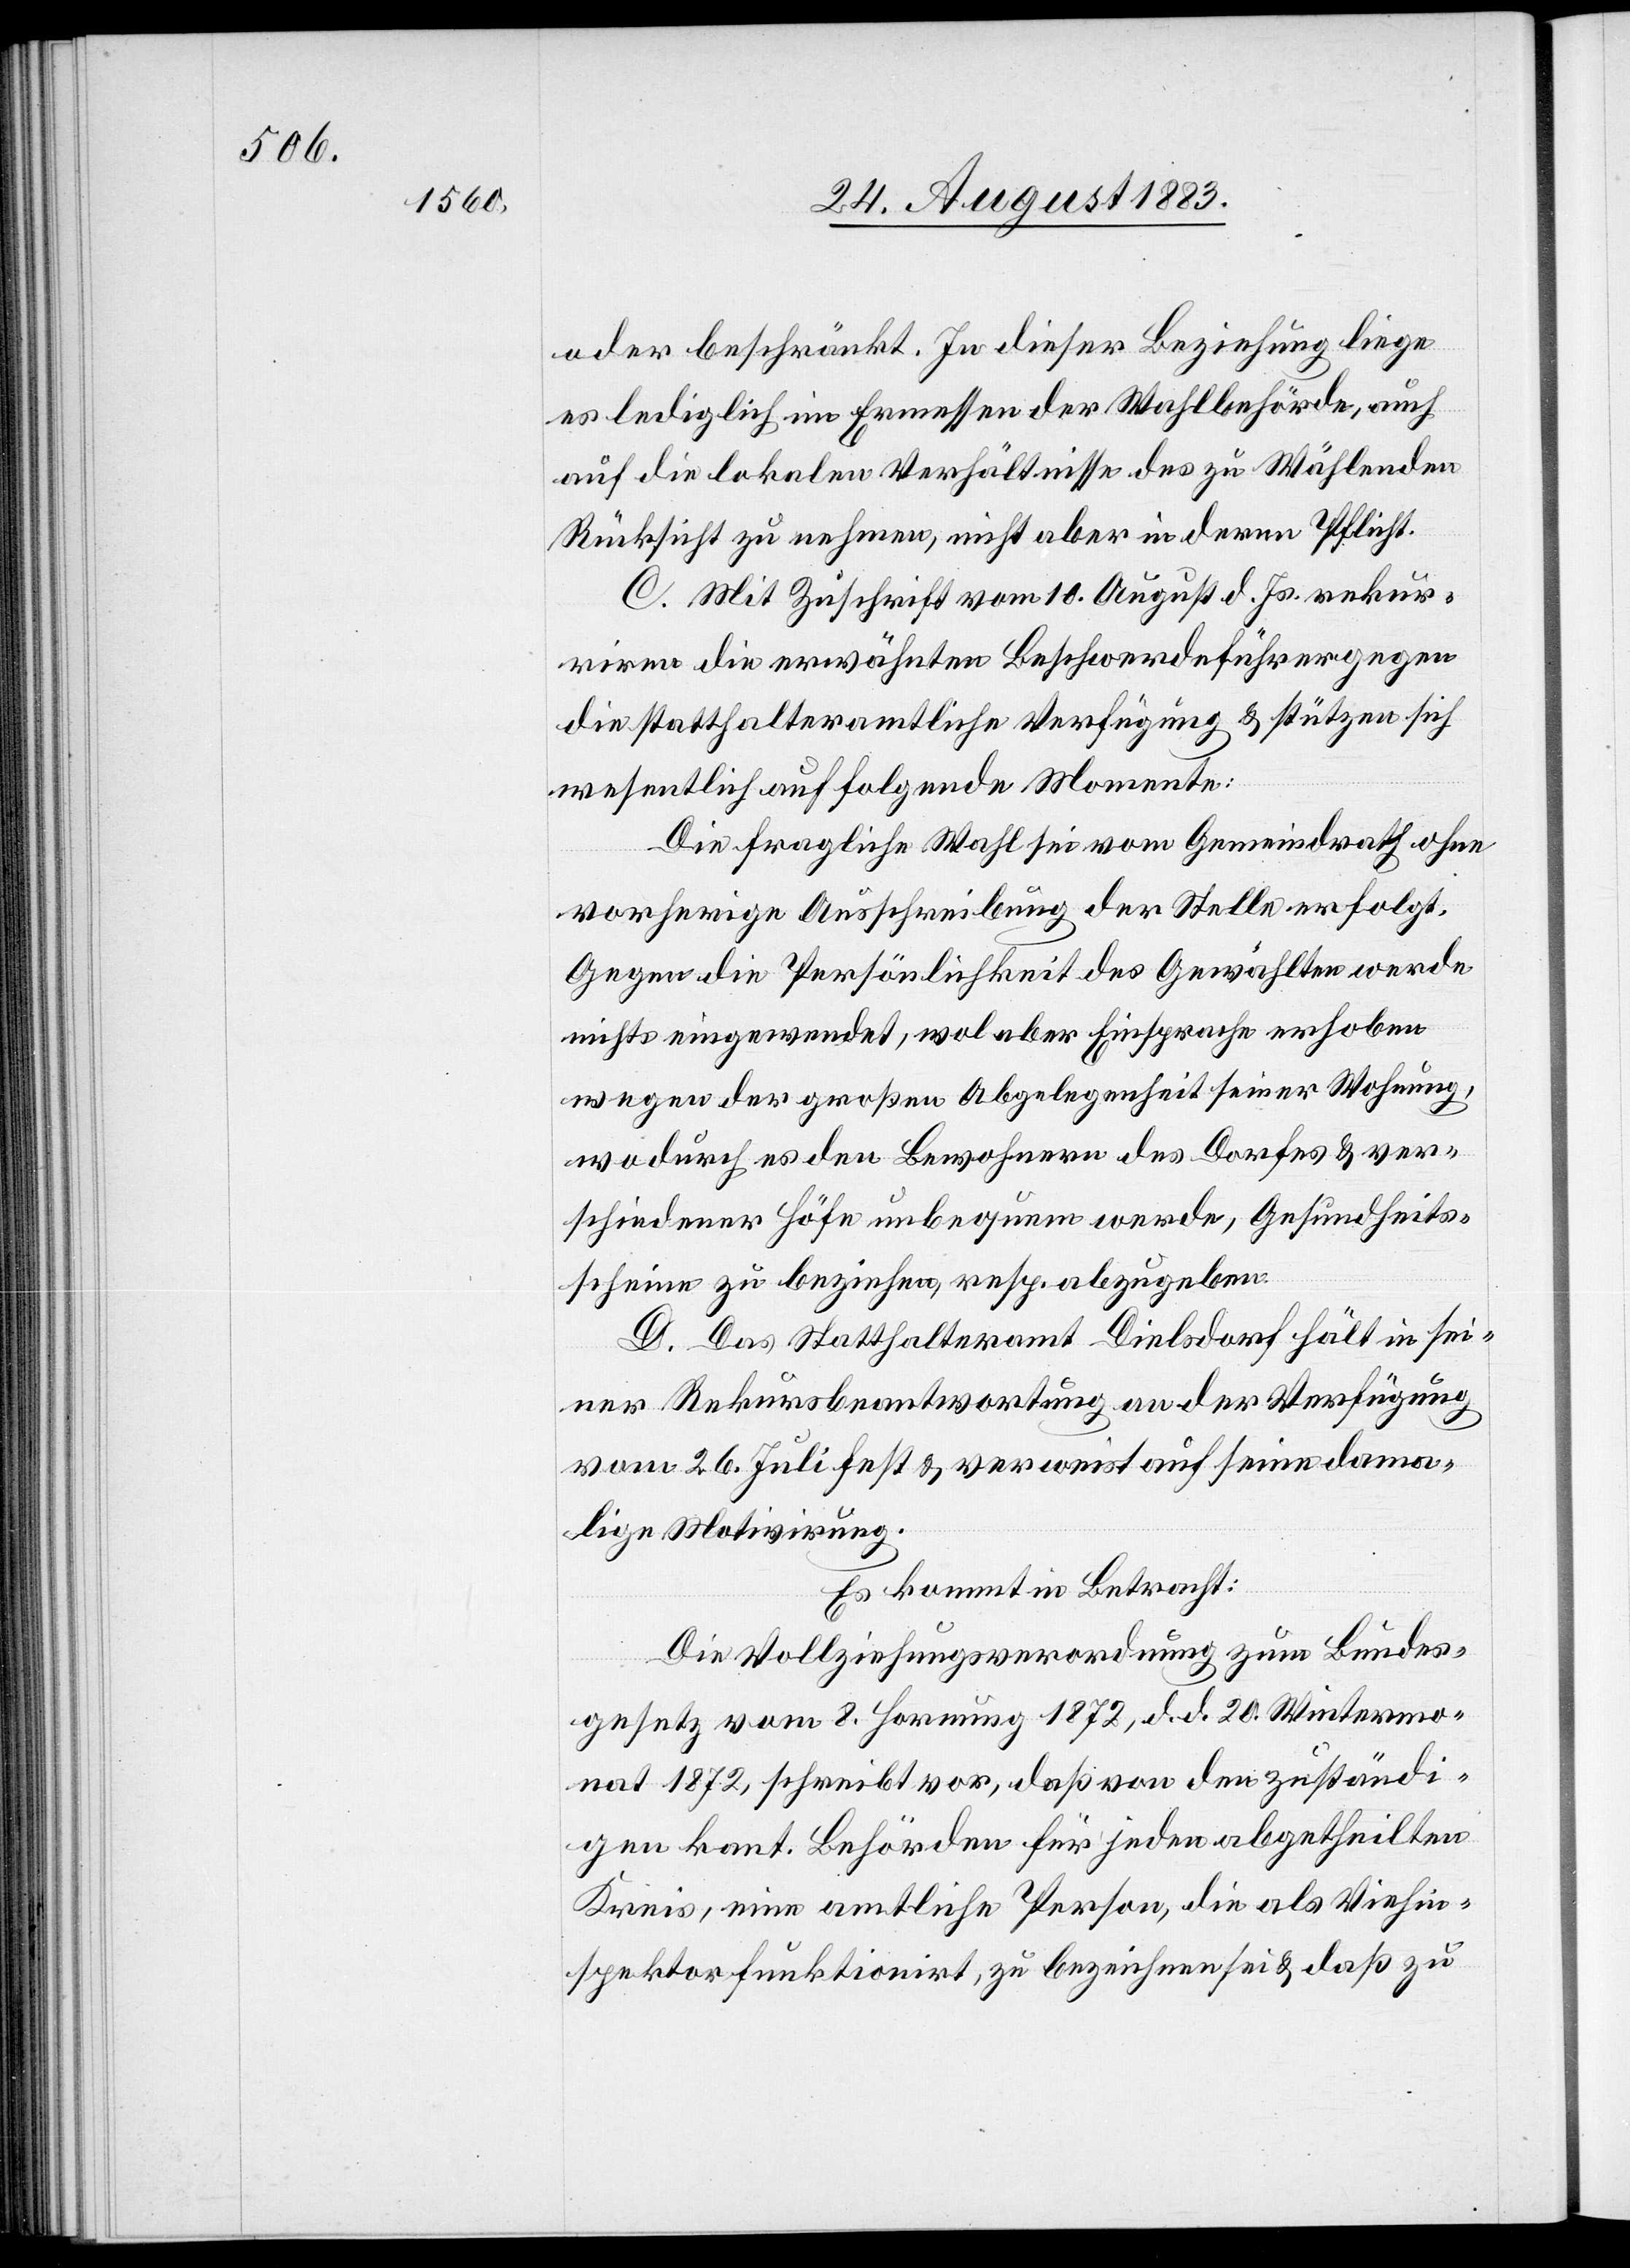
oder beschränkt. In dieser Beziehung liege
es lediglich im Ermessen der Wahlbehörde, auch
auf die lokalen Verhältnisse des zu Wählenden
Rücksicht zu nehmen, nicht aber in deren Pflicht.
C. Mit Zuschrift vom 10. August d. Js. rekur¬
riren die erwähnten Beschwerdeführer gegen
die statthalteramtliche Verfügung & stützen sich
wesentlich auf folgende Momente:
Die fragliche Wahl sei vom Gemeindrath ohne
vorherige Ausschreibung der Stelle erfolgt.
Gegen die Persönlichkeit des Gewählten werde
nichts eingewendet, wol aber Einsprache erhoben
wegen der großen Abgelegenheit seiner Wohnung,
wodurch es den Bewohnern des Dorfes & ver¬
schiedener Höfe unbequem werde, Gesundheits¬
scheine zu beziehen, resp. abzugeben.
D. Das Statthalteramt Dielsdorf hält in sei¬
ner Rekursbeantwortung an der Verfügung
vom 26. Juli fest & verweist auf seine dama¬
lige Motivirung.
Es kommt in Betracht:
Die Vollziehungsverordnung zum Bundes¬
gesetz vom 8. Hornung 1872, d. d. 20. Wintermo¬
nat 1872, schreibt vor, daß von den zuständi¬
gen kant. Behörden für jeden abgetheilten
Kreis, eine amtliche Person, die als Viehin¬
spektor funktionirt, zu bezeichnen sei & daß zu